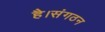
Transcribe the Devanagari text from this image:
है।संगठन